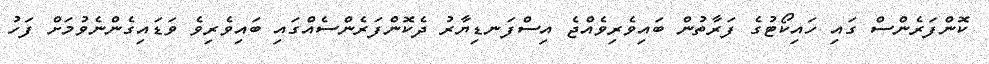
ކޮންފަރެންސް ގައި ހައިކޯޓުގެ ފަރާތުން ބައިވެރިވެއްޖެ އިސްފަނޑިޔާރު ދެކޮންފަރެންސެއްގައި ބައިވެރިވެ ވަޑައިގެންނެވުމަށް ފަހު